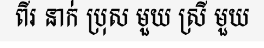
ពីរ នាក់ ប្រុស មួយ ស្រី មួយ